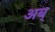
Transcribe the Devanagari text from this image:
अब्